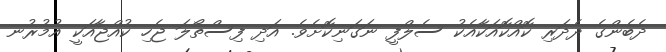
ދެބެންގެ ދެދަރި ކޮއްކޮއަކާއެކު ސެލްފީ ނަގަނިކޮށެވެ. އަދި ފިސްތޯލަ ޖެހި ކުއްޖާއަކީ އުމުރުނ